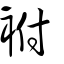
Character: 袝